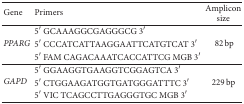
| Gene | Primers | Amplicon size |
 | --- | --- | --- |
 | <ROWSPAN=3> PPARG | 5′ GCAAAGGCGAGGGCG 3′ | <ROWSPAN=3> 82 bp |
 | 5′ CCCATCATTAAGGAATTCATGTCAT 3′ |
 | 5′ FAM CAGACAAATCACCATTCG MGB 3′ |
 | <ROWSPAN=3> GAPD | 5′ GGAAGGTGAAGGTCGGAGTCA 3′ | <ROWSPAN=3> 229 bp |
 | 5′ CTGGAAGATGGTGATGGGATTTC 3′ |
 | 5′ VIC TCAGCCTTGAGGGTGC MGB 3′ |